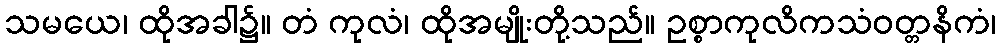
သမယေ၊ ထိုအခါ၌။ တံ ကုလံ၊ ထိုအမျိုးတို့သည်။ ဥစ္စာကုလိကသံဝတ္တနိကံ၊